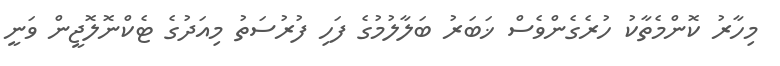
މިހާރު ކޮންމެތާކު ހުރެގެންވެސް ޚަބަރު ބަލާލުމުގެ ފަހި ފުރުސަތު މިއަދުގެ ޓެކްނޮލޮޖީން ވަނީ